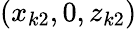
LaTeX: (x_{k2},0,z_{k2})